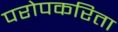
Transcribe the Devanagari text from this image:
परोपकरिता